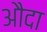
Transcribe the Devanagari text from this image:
औदा